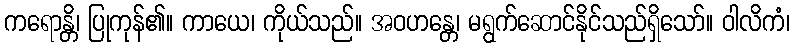
ကရောန္တိ၊ ပြုကုန်၏။ ကာယေ၊ ကိုယ်သည်။ အဝဟန္တေ၊ မရွက်ဆောင်နိုင်သည်ရှိသော်။ ဝါလိကံ၊